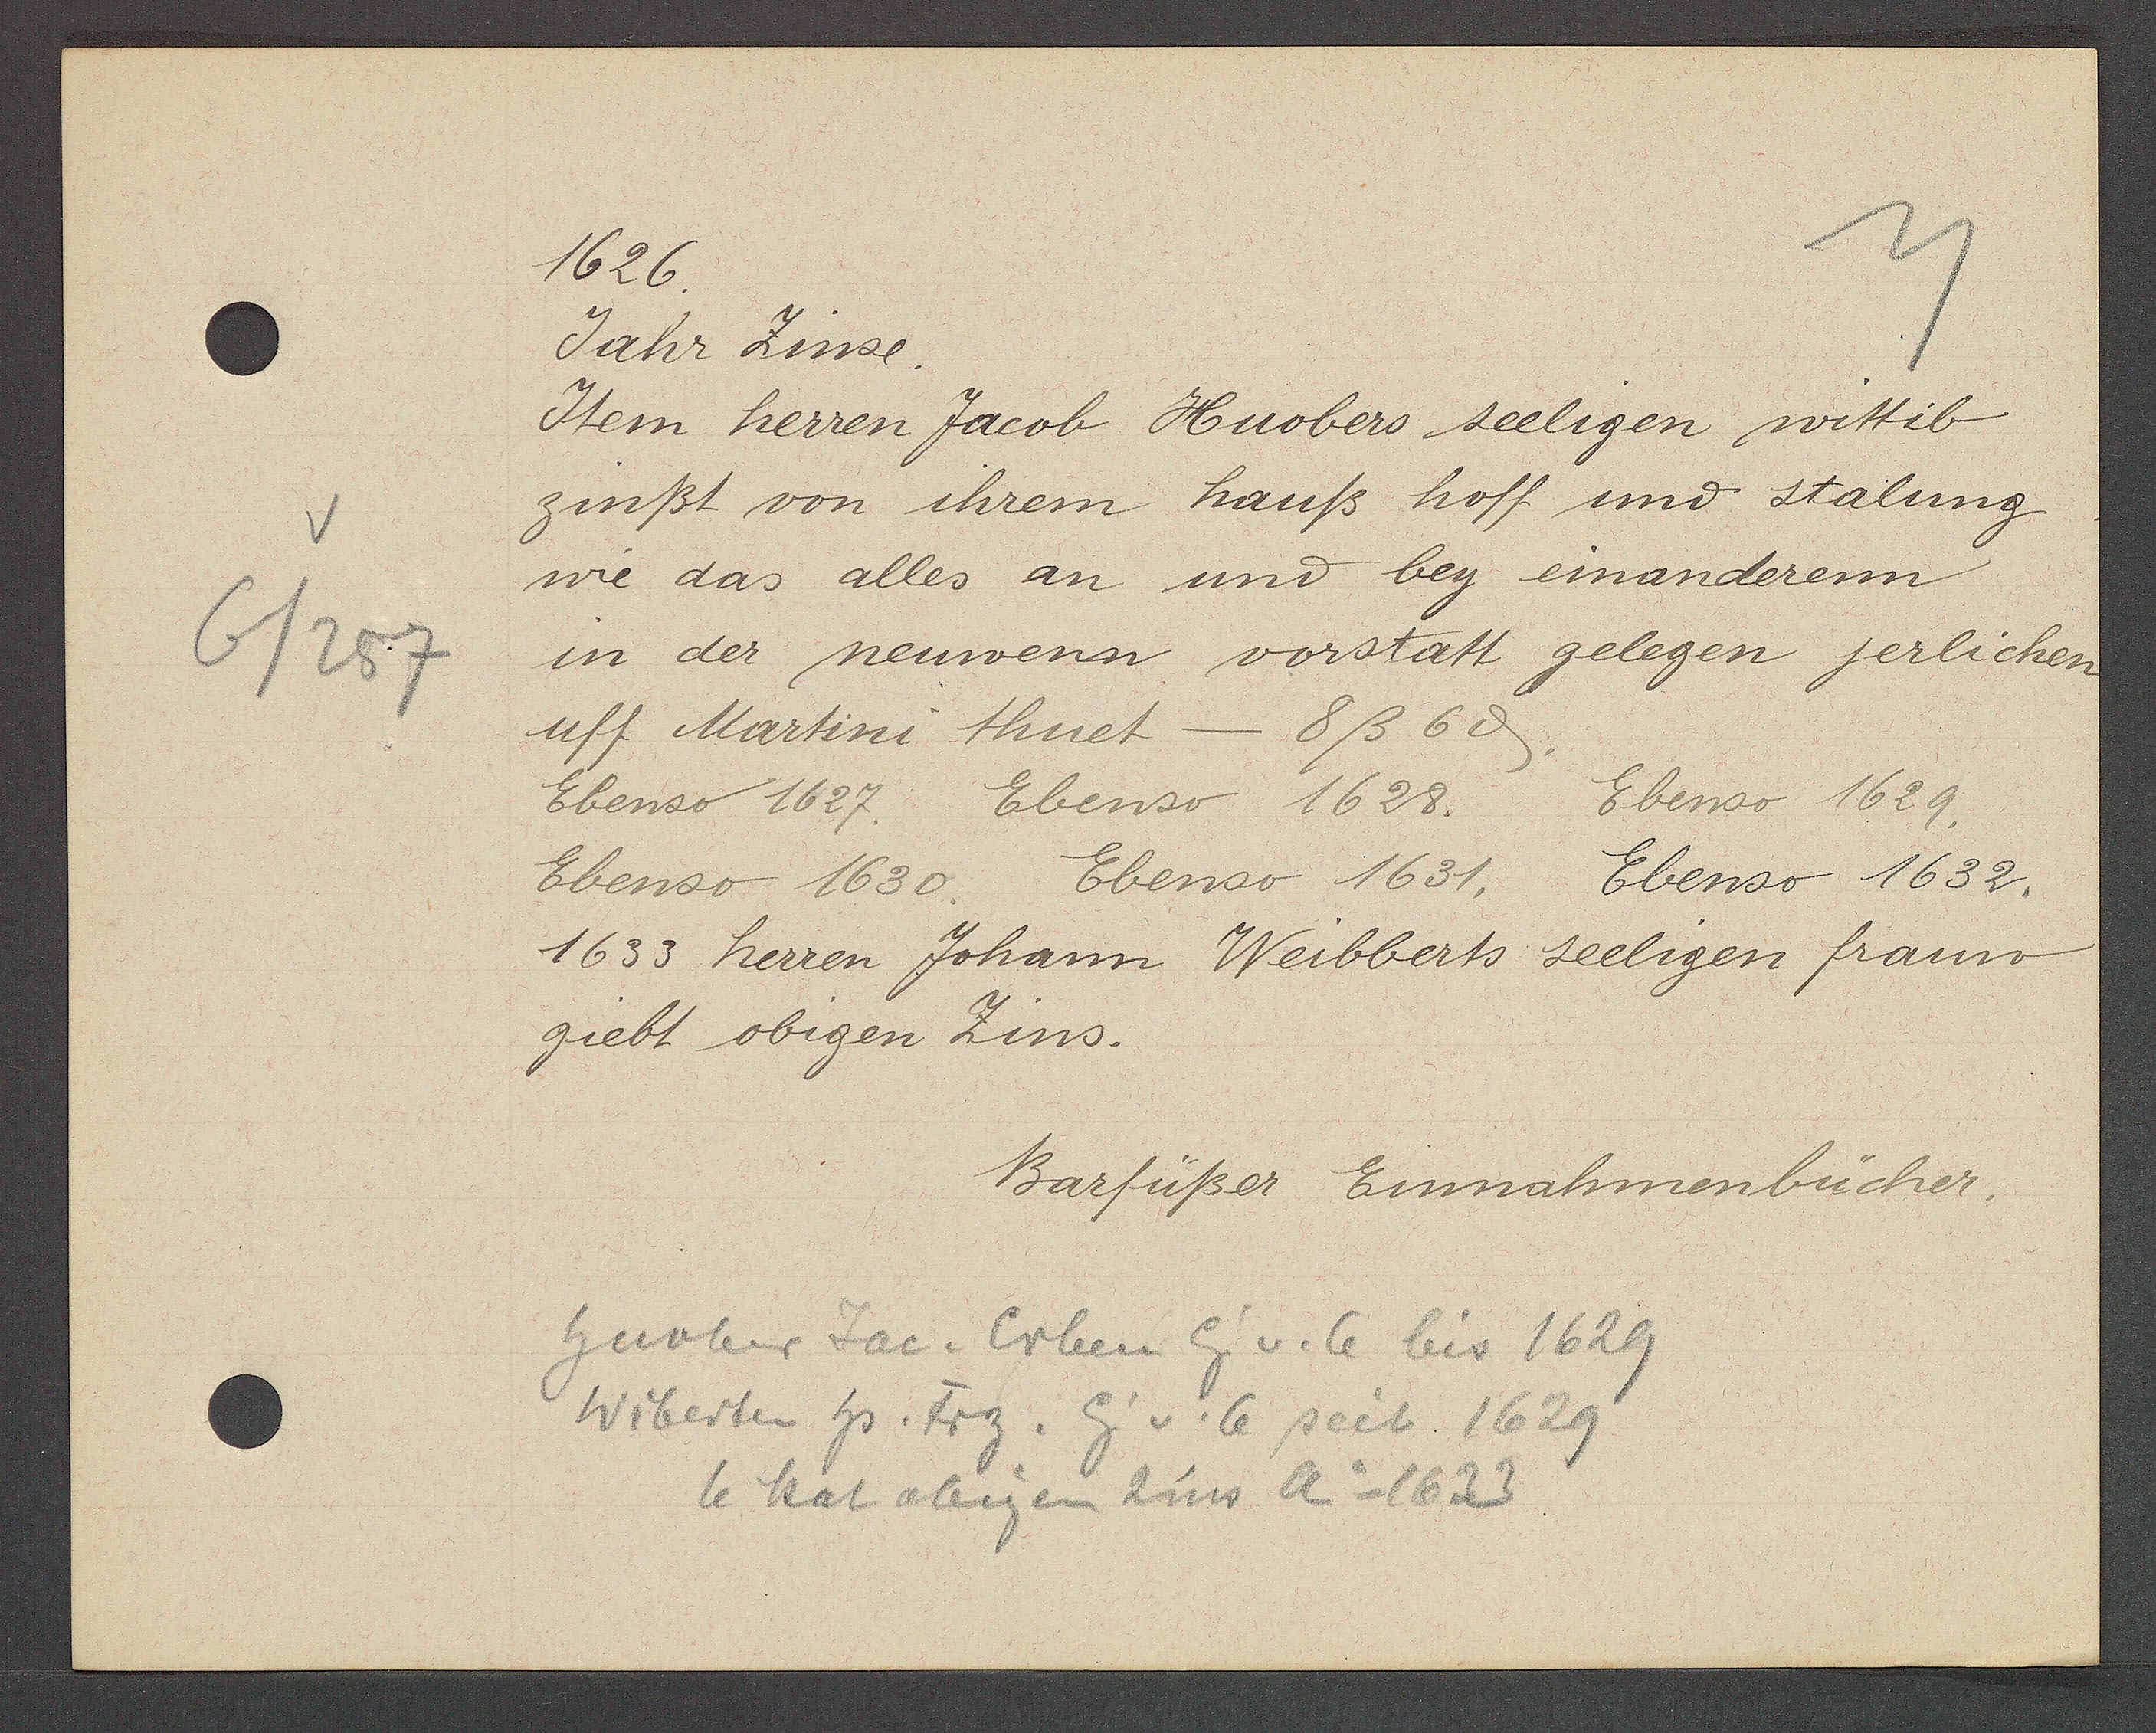
Transcript:
6/257

1626.

Jahr Zinse.
Item herren Jacob Huobers seeligen wittib
zinßt von ihrem hauß hoff und stalung
wie das alles an und bey einanderenn
in der neuwenn vorstatt gelegen jerlichen
uff Martini thuet - 8ß 6ȡ.
Ebenso 1627. Ebenso 1628.
Ebenso 1629.
Ebenso 1630.
Ebenso 1631. Ebenso 1632.
1633 herren Johann Weibberts seeligen fraun
giebt obigen Zins.

Huober Jac. Erben Eig v. 6 bis 1629
Wiberten hs Frz. Eig v. 6 seit 1629
4 hat obigen Zins Ao 1633

Barfüßer Einnahmenbücher.